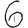
Digit: 6